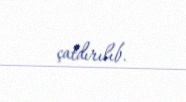
çatdırılıb.